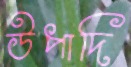
উপাদি